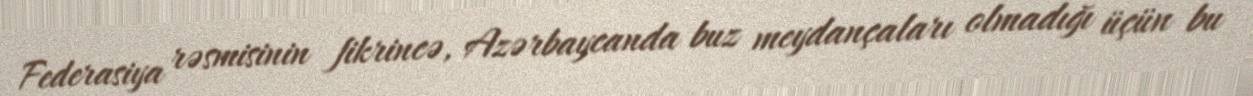
Federasiya rəsmisinin fikrincə, Azərbaycanda buz meydançaları olmadığı üçün bu